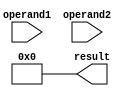
module BoothMultiplier(
    input [15:0] operand1,
    input [15:0] operand2,
    output reg [31:0] result
);

reg [15:0] A;
reg [15:0] S;
reg [1:0] Q;
reg [31:0] PPg1, PPg2;

always @(*) begin
    A = {operand1[15], operand1};
    S = {operand1[15], 16'b0} - operand1;
    Q = 2'b00;
    result = 32'b0;
    PPg1 = 0;
    PPg2 = 0;
end

// Partial product generator
always @(*) begin
    case(Q)
        2'b01: PPg1 = operand2;
        2'b10: PPg1 = S;
    endcase
    case(Q)
        2'b10: PPg2 = operand2;
        2'b01: PPg2 = S;
    endcase
end

// Multiplier
always @(*) begin
    case(Q)
        2'b01: begin
            if(PPg2[15] == 1) result = result + {16'b0, PPg2};
            if(PPg2[15] == 0) result = result + {16'b1, PPg2};
        end
        2'b10: begin
            if(PPg1[15] == 1) result = result - {16'b0, PPg1};
            if(PPg1[15] == 0) result = result - {16'b1, PPg1};
        end
    endcase
end

endmodule